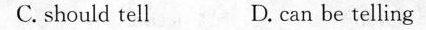
C. should tell D. can be telling